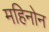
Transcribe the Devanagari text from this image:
महिनोन